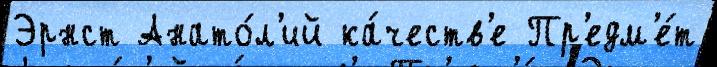
Эрнст Анато́л'ий ка́честв'е Пр'едм'е́т